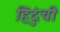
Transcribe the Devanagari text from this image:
हिंदुंची